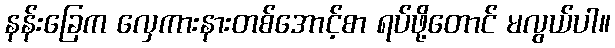
နန်းခြေက လှေကားနားတစ်အောင့်စာ ရပ်ဖို့တောင် မလွယ်ပါ။